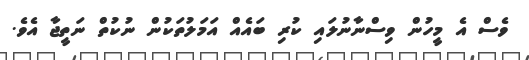
ވެސް އެ މީހުން ވިސްނާނުލައި ކުރި ބައެއް އަމަލުތަކުން ނުކުތް ނަތީޖާ އެވެ.